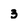
Character: 3